Indian journal of veterinary science and animal husbandry - Volume 8,
Year: 1938
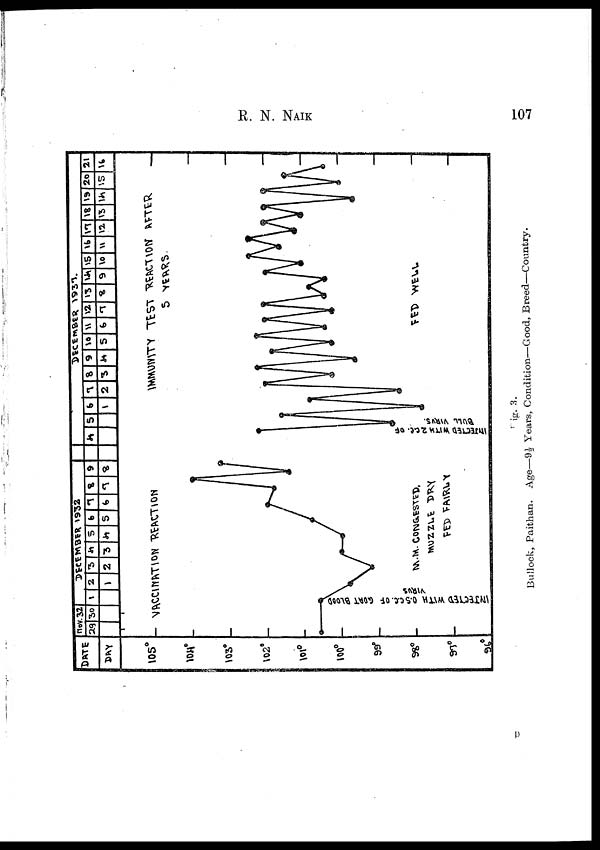
R. N.
NAIK
107
Fig. 3.
Bullock, Paithan. Age—9½ Years, Condition—Good, Breed—Country.
P